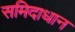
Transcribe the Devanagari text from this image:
समिदाधान